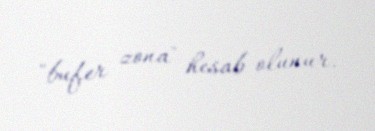
"bufer zona" hesab olunur.